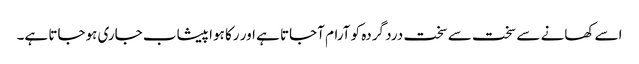
اسے کھانے سے سخت سے سخت درد گردہ کو آرام آجاتا ہے اور رکا ہوا پیشاب جاری ہوجاتا ہے۔